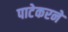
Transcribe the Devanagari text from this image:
पाटेकरने